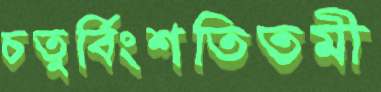
চতুর্বিংশতিতমী